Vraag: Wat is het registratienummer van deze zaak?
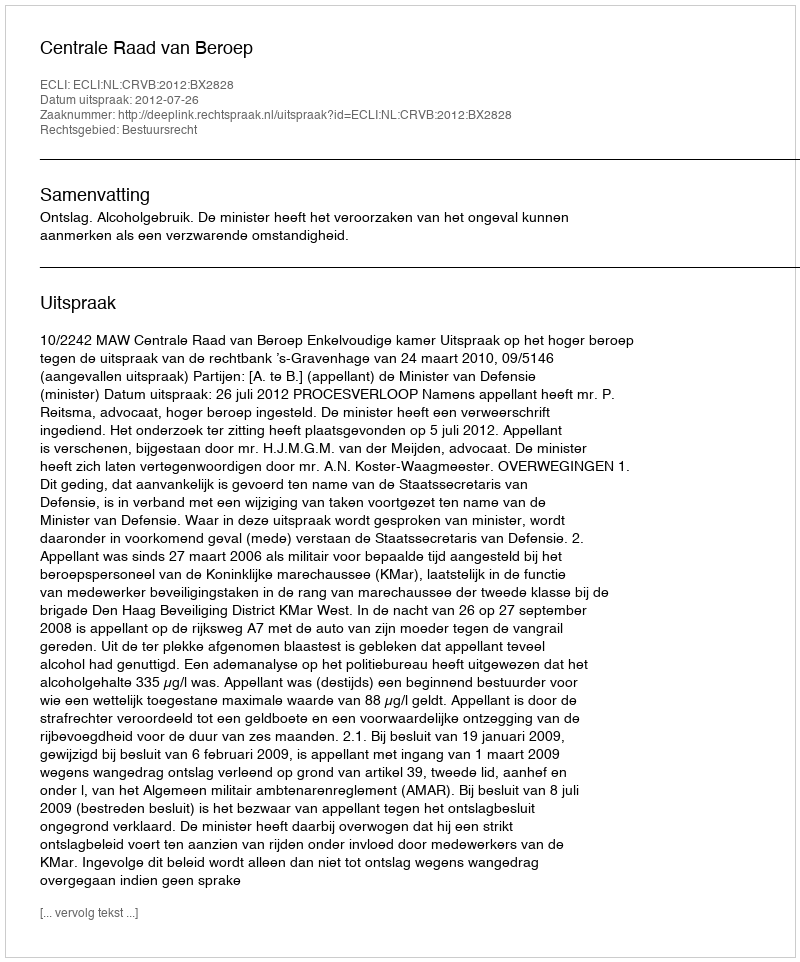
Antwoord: http://deeplink.rechtspraak.nl/uitspraak?id=ECLI:NL:CRVB:2012:BX2828